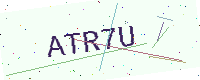
Text: ATR7U